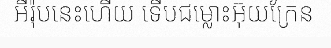
អឺរ៉ុបនេះហើយ ទើបជម្លោះអ៊ុយក្រែន